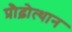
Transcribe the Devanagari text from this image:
प्रौढ़ोत्थान